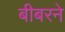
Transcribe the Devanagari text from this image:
बीबरने